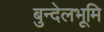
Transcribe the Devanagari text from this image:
बुन्देलभूमि